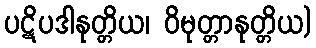
ပဋိပဒါနုတ္တိယ၊ ဝိမုတ္တာနုတ္တိယ)